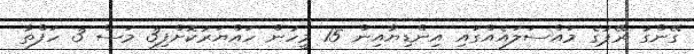
ގޭންގު ރޭޕުގެ މައްސަލައެއްގައި އިންޑިޔާއިން 15 މީހުން ހައްޔަރުކޮށްފި3 މަސް 3 ހަފްތާ